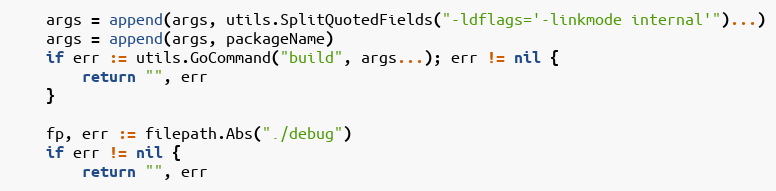
Language: Go
	args = append(args, utils.SplitQuotedFields("-ldflags='-linkmode internal'")...)
	args = append(args, packageName)
	if err := utils.GoCommand("build", args...); err != nil {
		return "", err
	}

	fp, err := filepath.Abs("./debug")
	if err != nil {
		return "", err